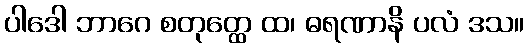
ပါဒေါ ဘာဂေ စတုတ္ထေ ထ၊ ဓရဏာနိ ပလံ ဒသ။